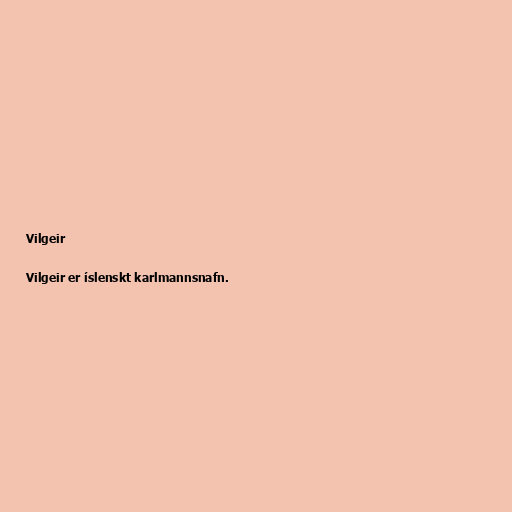
Vilgeir

Vilgeir er íslenskt karlmannsnafn.